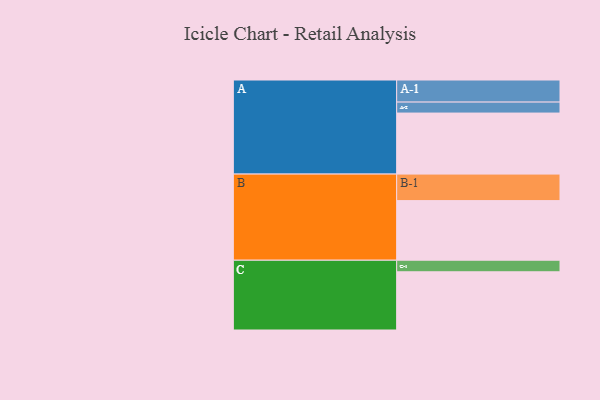
{"axis": {"x": "Segment", "y": "Value"}, "legend": ["", "A", "B", "C"], "data": [{"x": "A", "y": 522, "type": ""}, {"x": "B", "y": 510, "type": ""}, {"x": "C", "y": 498, "type": ""}, {"x": "A-1", "y": 189, "type": "A"}, {"x": "A-2", "y": 94, "type": "A"}, {"x": "B-1", "y": 227, "type": "B"}, {"x": "C-1", "y": 99, "type": "C"}]}